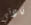
نادني